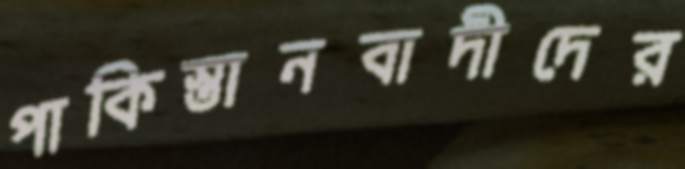
পাকিস্তানবাদীদের